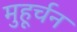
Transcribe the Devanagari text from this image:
मुहूर्चन